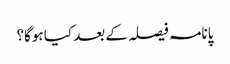
پانامہ فیصلہ کے بعد کیا ہوگا؟